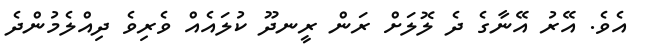
އެވެ. އޭރު އޭނާގެ ދެ ލޮޮލަށް ރަން ރީނދޫ ކުލައެއް ވެރިވެ ދިއްލެމުންދެ